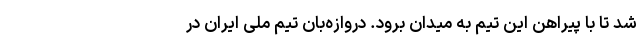
شد تا با پیراهن این تیم به میدان برود. دروازه‌بان تیم ملی ایران در